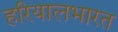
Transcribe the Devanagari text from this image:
हरियालभारत